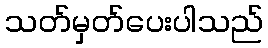
သတ်မှတ်ပေးပါသည်